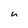
Character: U